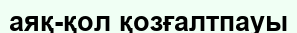
аяқ-қол қозғалтпауы